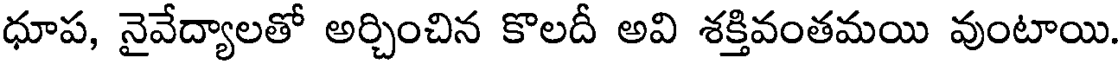
ధూప, నైవేద్యాలతో అర్చించిన కొలదీ అవి శక్తివంతమయి వుంటాయి.